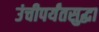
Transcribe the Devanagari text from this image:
उंचीपर्यंतसुद्धा